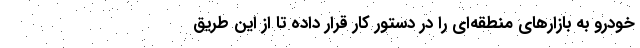
خودرو به بازارهای منطقه‌ای را در دستور کار قرار داده تا از این طریق